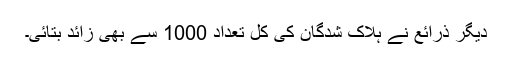
دیگر ذرائع نے ہلاک شدگان کی کل تعداد 1000 سے بھی زائد بتائی۔